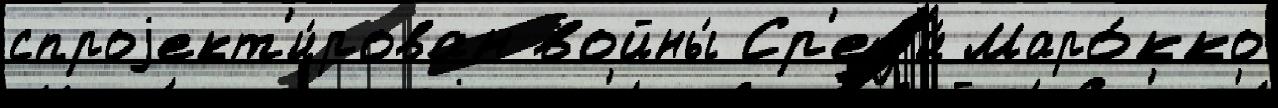
спроjект'и́рован войны́ Ср'ед'и́ Маро́кко